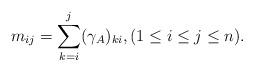
LaTeX: \begin{align*}m_{ij}=\sum_{k=i}^j (\gamma_A)_{ki}, (1\leq i\leq j\leq n).\end{align*}